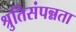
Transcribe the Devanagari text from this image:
श्रुतिसंपन्नता